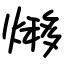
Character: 熪